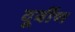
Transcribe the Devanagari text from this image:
दूर्बीण